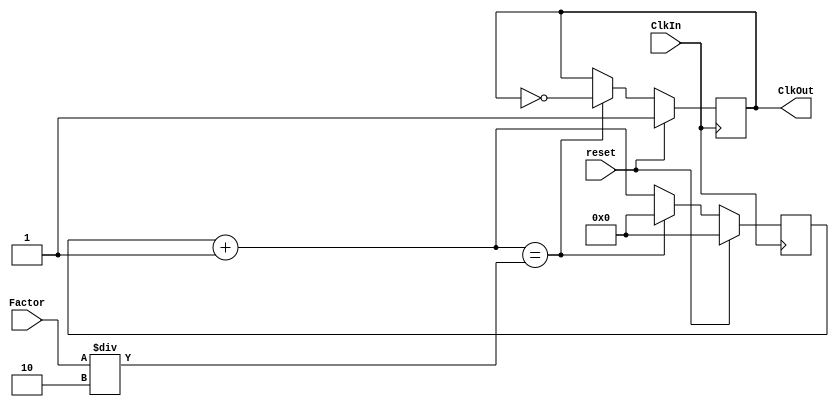
module ClockDivide
	#(parameter WIDTH = 32)
	(input reset,
	input ClkIn,
	input [WIDTH-1:0] Factor,
	output ClkOut);
	
	reg [WIDTH-1:0] Cnt;
	wire [WIDTH-1:0] CntNxt;
	reg ClkTrack;
	
	always @ (posedge ClkIn)
		if(reset)
			begin
				Cnt<=0;
				ClkTrack<=1;
			end
		else if (CntNxt == Factor/2)
			begin
				Cnt <= 0;
				ClkTrack<=~ClkTrack;
			end
		else
			Cnt <= CntNxt;

	assign CntNxt = Cnt +1;
	assign ClkOut = ClkTrack;
endmodule